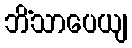
ဘိံသာပေယျ